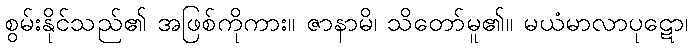
စွမ်းနိုင်သည်၏ အဖြစ်ကိုကား။ ဇာနာမိ၊ သိတော်မူ၏။ မယံမာလာပုဋော၊